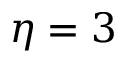
\eta = 3